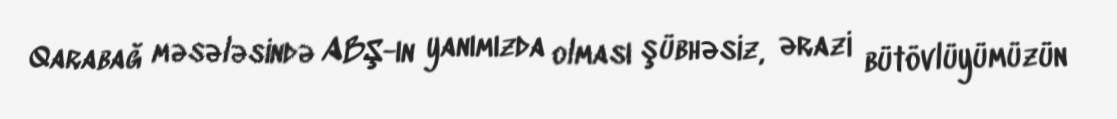
Qarabağ məsələsində ABŞ-ın yanımızda olması şübhəsiz, ərazi bütövlüyümüzün